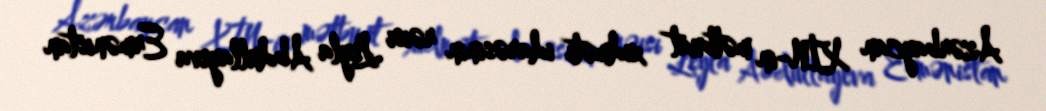
Azərbaycan XİN-in mətbuat xidməti idarəsinin rəisi Leyla Abdullayeva Ermənistan